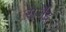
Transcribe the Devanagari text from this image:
राजे॑द्र